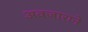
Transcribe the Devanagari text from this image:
अवजाराने